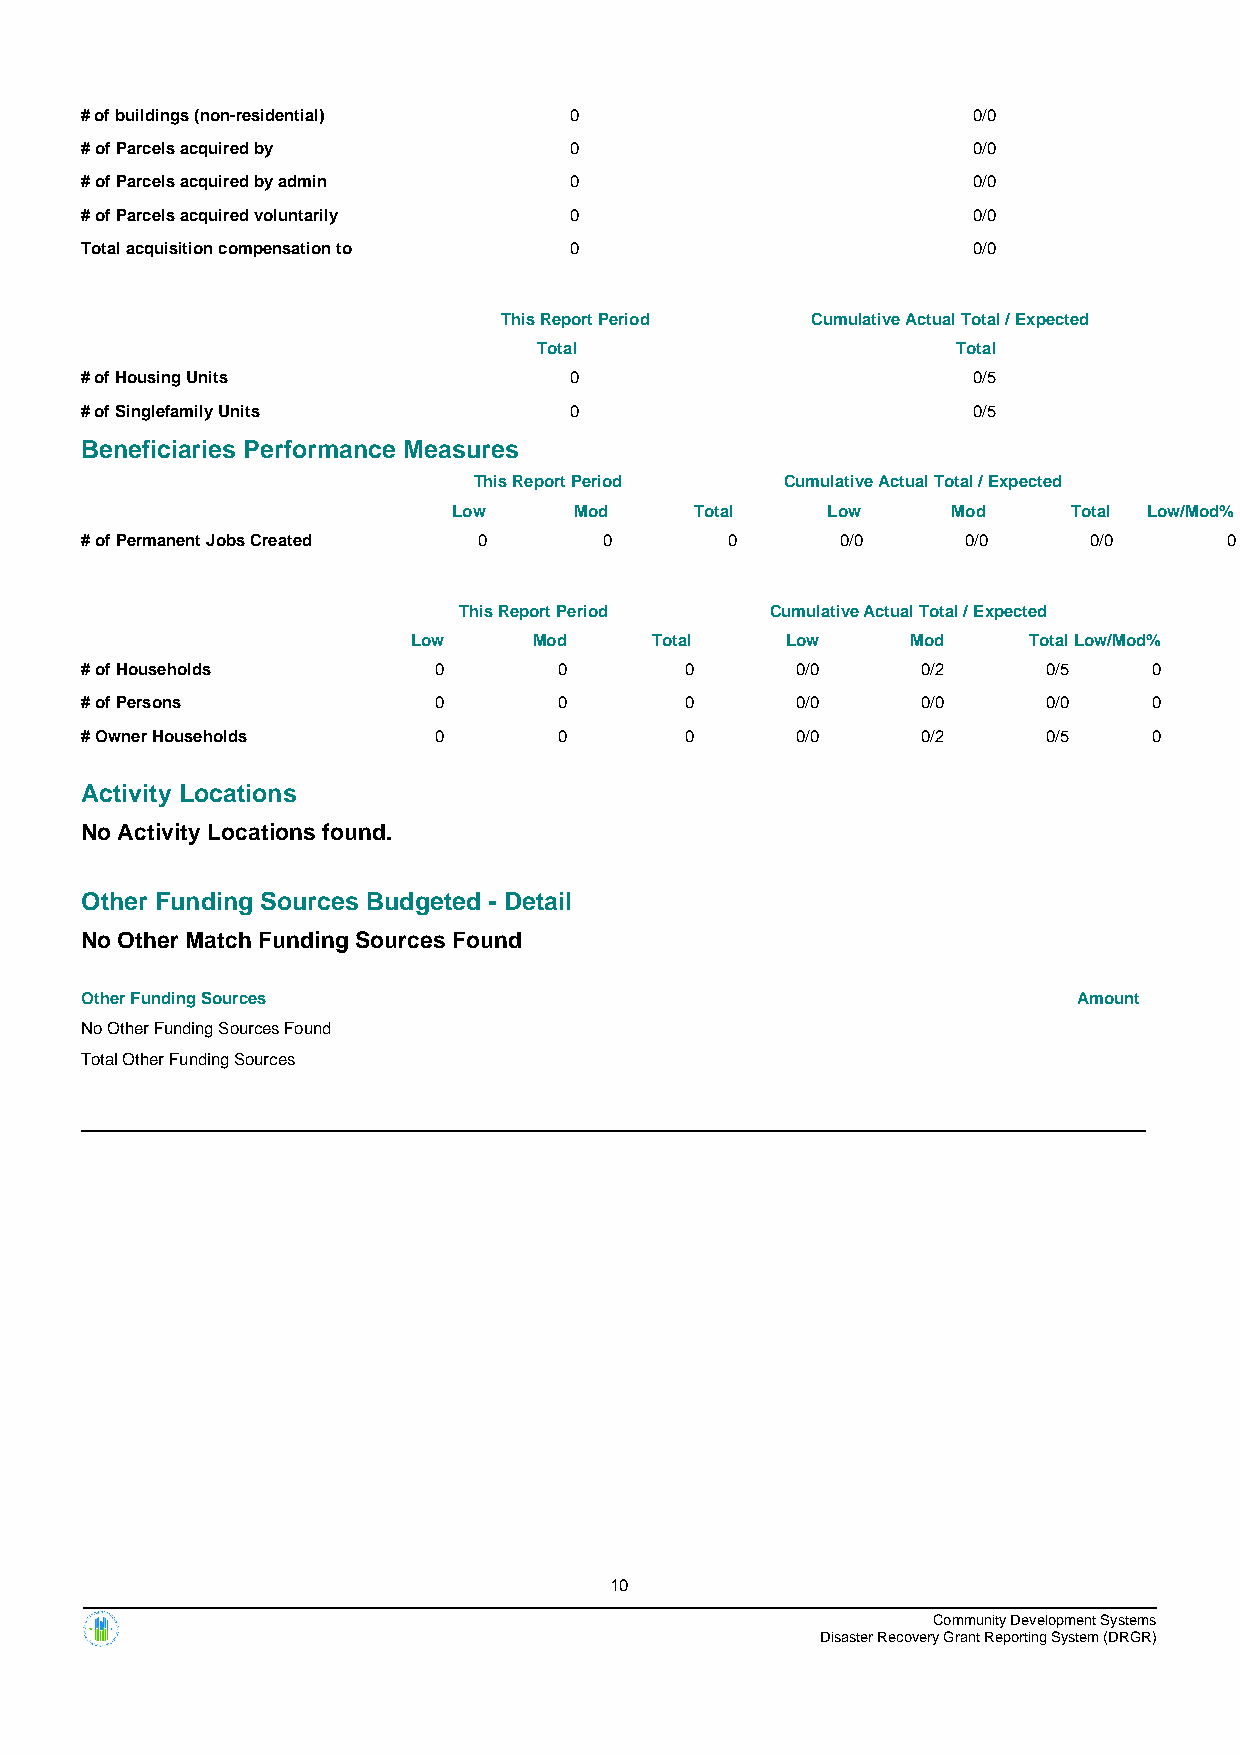
# of buildings (non-residential) 0                         0/0
 # of Parcels acquired by         0                         0/0
 # of Parcels acquired by admin   0                         0/0
 # of Parcels acquired voluntarily 0                        0/0
 Total acquisition compensation to 0                        0/0
 This Report Period   Cumulative Actual Total / Expected
 Total                      Total
 # of Housing Units               0                         0/5
 # of Singlefamily Units          0                         0/5
 Beneficiaries Performance Measures
 This Report Period   Cumulative Actual Total / Expected
 Low     Mod     Total    Low     Mod     Total Low/Mod%
 # of Permanent Jobs Created 0      0       0       0/0     0/0     0/0      0
 This Report Period   Cumulative Actual Total / Expected
 Low     Mod     Total    Low     Mod     TotalLow/Mod%
 # of Households         0       0       0       0/0     0/2     0/5    0
 # of Persons            0       0       0       0/0     0/0     0/0    0
 # Owner Households      0       0       0       0/0     0/2     0/5    0
 Activity Locations
 No Activity Locations found.
 Other Funding Sources Budgeted - Detail
 No Other Match Funding Sources Found
 Other Funding Sources                                             Amount
 No Other Funding Sources Found
 Total Other Funding Sources
 10
 Community Development Systems
 Disaster Recovery Grant Reporting System (DRGR)